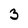
Character: 3